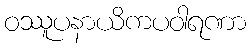
ဝဿူပနာယိကပဝါရဏာ